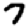
Digit: 7